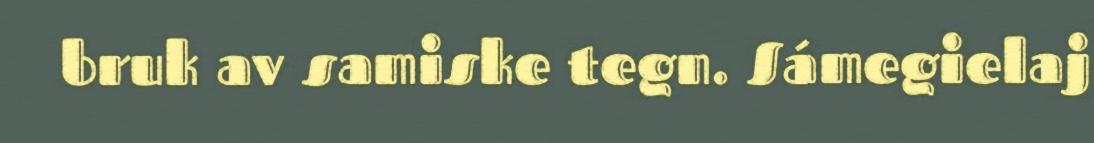
bruk av samiske tegn. Sámegielaj